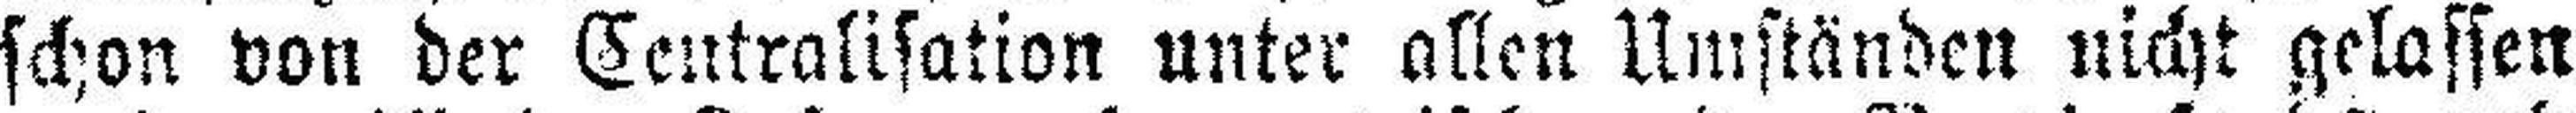
schon von der Centralisation unter allen Umständen nicht gelassen